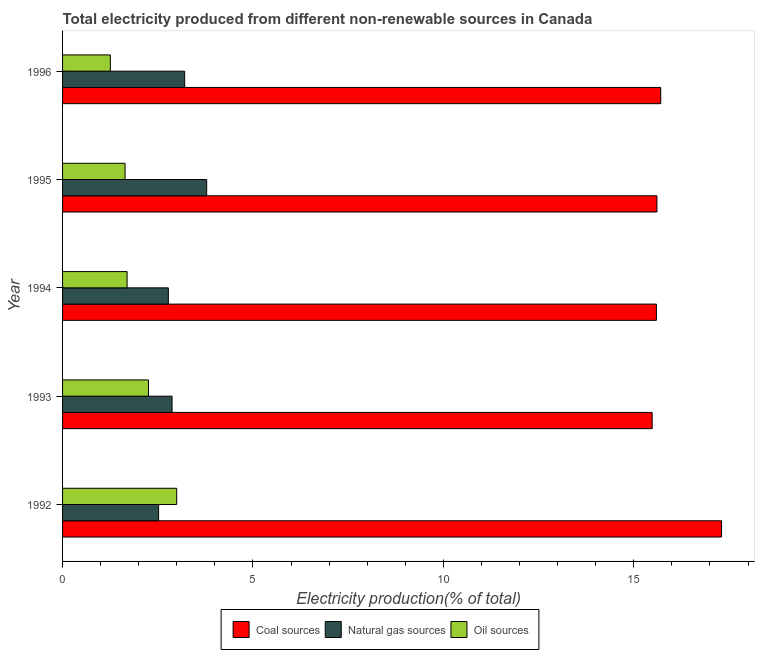
| Year | Coal sources | Natural gas sources | Oil sources |
 | --- | --- | --- | --- |
 | 1992 | 17.3 | 2.52 | 3 |
 | 1993 | 15.5 | 2.88 | 2.26 |
 | 1994 | 15.6 | 2.78 | 1.69 |
 | 1995 | 15.6 | 3.78 | 1.64 |
 | 1996 | 15.7 | 3.21 | 1.25 |